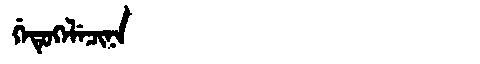
Manchu: ᡤᡝᡨᡠᡴᡝᠯᡝᠴᡳᠨᠠ
Romanization: GETUKELECINA